Indian journal of veterinary science and animal husbandry - Volume 14,
Year: 1944
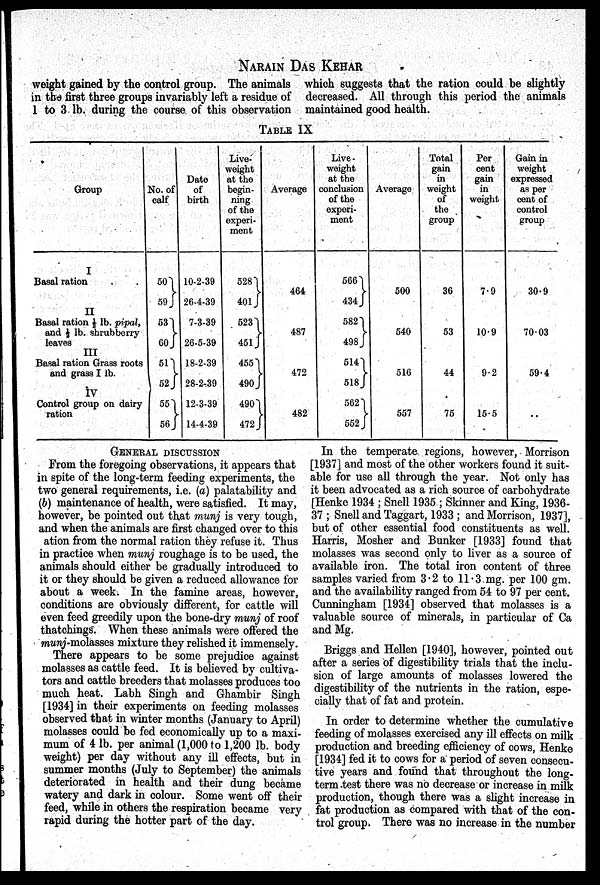
NARAIN DAS KEHAR
weight gained by the control group. The animals
in the first three groups invariably left a residue of
1 to 3 lb. during the course of this observation
which suggests that the ration could be slightly
decreased. All through this period the animals
maintained good health.
TABLE IX
Group
I
Basal ration . .
II
Basal ration ½ lb. pipal,
and ½ lb. shrubberry
leaves III
Basal ration Grass roots
and grass I lb.
IV
Control group on dairy
ration
No. of
calf
50 }
59
53 }
60
51 }
52
55 }
56
Date
of
birth
10-2-39
26-4-39
7-3-39
26-5-39
18-2-39
28-2-39
12-3-39
14-4-39
Live-
weight
at the
begin-
ning
of the
experi-
ment
528 }
401
523 }
451
455 }
490
490 }
472
Average
464
487
472
482
Live-
weight
at the
conclusion
of the
experi-
ment
566 }
434
582 }
498
514 }
518
562 }
552
Average
500
540
516
557
Total
gain
in
weight
of
the
group
36
53
44
75
Per
cent
gain
in
weight
7.9
10.9
9.2
15.5
Gain in
weight
expressed
as per
cent of
control
group
30.9
70.03
59.4
..
GENERAL DISCUSSION
From the foregoing observations, it appears that
in spite of the long-term feeding experiments, the
two general requirements, i.e. (a) palatability and
(b) maintenance of health, were satisfied. It may,
however, be pointed out that munj is very tough,
and when the animals are first changed over to this
ation from the normal ration they refuse it. Thus
in practice when munj roughage is to be used, the
animals should either be gradually introduced to
it or they should be given a reduced allowance for
about a week. In the famine areas, however,
conditions are obviously different, for cattle will
even feed greedily upon the bone-dry munj of roof
thatchings. When these animals were offered the
munj-molasses mixture they relished it immensely.
There appears to be some prejudice against
molasses as cattle feed. It is believed by cultiva-
tors and cattle breeders that molasses produces too
much heat. Labh Singh and Ghambir Singh
[1934] in their experiments on feeding molasses
observed that in winter months (January to April)
molasses could be fed economically up to a maxi-
mum of 4 lb. per animal (1,000 to 1,200 lb. body
weight) per day without any ill effects, but in
summer months (July to September) the animals
deteriorated in health and their dung became
watery and dark in colour. Some went off their
feed, while in others the respiration became very
rapid during the hotter part of the day.
In the temperate regions, however, Morrison
[1937] and most of the other workers found it suit-
able for use all through the year. Not only has
it been advocated as a rich source of carbohydrate
[Henke 1934 ; Snell 1935 ; Skinner and King, 1936-
37 ; Snell and Taggart, 1933 ; and Morrison, 1937],
but of other essential food constituents as well.
Harris, Mosher and Bunker [1933] found that
molasses was second only to liver as a source of
available iron. The total iron content of three
samples varied from 3.2 to 11.3 mg. per 100 gm.
and the availability ranged from 54 to 97 per cent.
Cunningham [1934] observed that molasses is a
valuable source of minerals, in particular of Ca
and Mg.
Briggs and Hellen [1940], however, pointed out
after a series of digestibility trials that the inclu-
sion of large amounts of molasses lowered the
digestibility of the nutrients in the ration, espe-
cially that of fat and protein.
In order to determine whether the cumulative
feeding of molasses exercised any ill effects on milk
production and breeding efficiency of cows, Henke
[1934] fed it to cows for a period of seven consecu-
tive years and found that throughout the long-
term -test there was no decrease or increase in milk
production, though there was a slight increase in
fat production as compared with that of the con-
trol group. There was no increase in the number